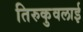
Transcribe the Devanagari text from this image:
तिरुकुवलाई